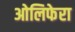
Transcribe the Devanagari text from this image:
ओलिफेरा